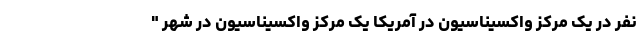
نفر در یک مرکز واکسیناسیون در آمریکا یک مرکز واکسیناسیون در شهر "